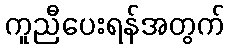
ကူညီပေးရန်အတွက်